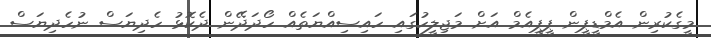
މީގެކުރިން އެމްޑީޕީން ޕީޕީއެމް އަށް މަޖިލީހުގައި ހައިސިއްޔަތެއް ހޯދަދޭން ދެކޮޅު ހެދިޔަސް ނުހެދިޔަސް